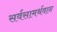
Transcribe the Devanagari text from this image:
सर्वसामर्थवान